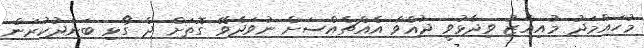
މުހައްމަދު މުއިއްޒު ވިދާޅުވީ ދުއްވާ އެއްޗެއްސަށް ނުވަދެވޭ ގޮތަށް ދެ ގޯޅި ބަންދުކުރަން